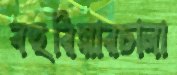
বহুরিয়ারচালা